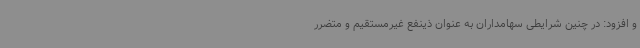
و افزود: در چنین شرایطی سهامداران به عنوان ذینفع غیرمستقیم و متضرر